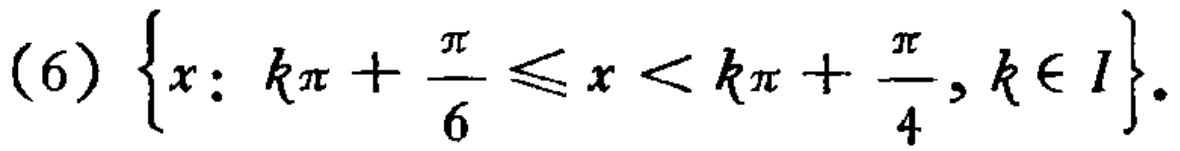
(6) \(\left\{x: k\pi+\frac{\pi}{6}\leq x < k\pi+\frac{\pi}{4}, k\in I\right\}\)